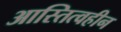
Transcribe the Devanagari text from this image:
आस्तित्वहीन